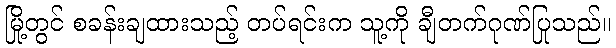
မြို့တွင် စခန်းချထားသည့် တပ်ရင်းက သူ့ကို ချီတက်ဂုဏ်ပြုသည်။